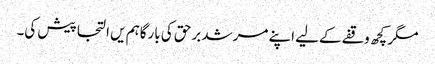
مگر کچھ وقفے کےلیے اپنے مرشد برحق کی بارگاہم یں التجا پیش کی۔